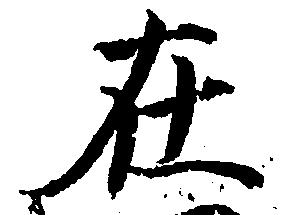
在